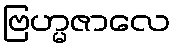
ဗြဟ္မဇာလေ